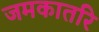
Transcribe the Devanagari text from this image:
जमकातरि